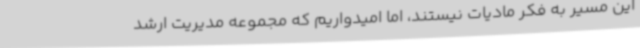
این مسیر به فکر مادیات نیستند، اما امیدواریم که مجموعه مدیریت ارشد